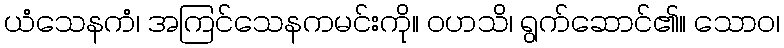
ယံသေနကံ၊ အကြင်သေနကမင်းကို။ ဝဟသိ၊ ရွက်ဆောင်၏။ သောဝ၊